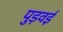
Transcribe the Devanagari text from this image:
पुड़वई